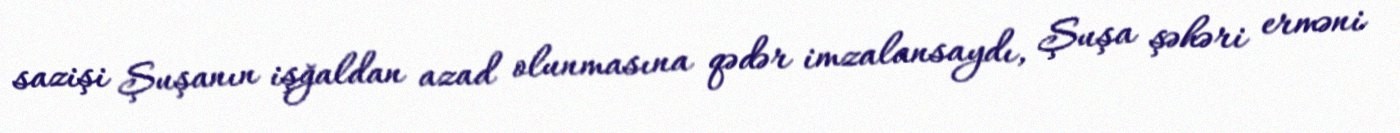
sazişi Şuşanın işğaldan azad olunmasına qədər imzalansaydı, Şuşa şəhəri erməni